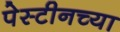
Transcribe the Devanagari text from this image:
पेस्टीनच्या